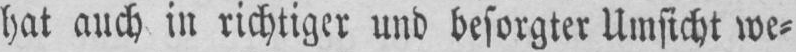
hat auch in richtiger und besorgter Umsicht we⸗